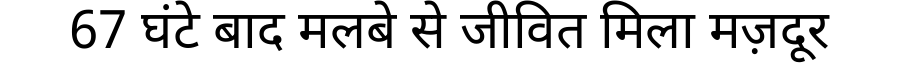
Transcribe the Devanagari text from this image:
67 घंटे बाद मलबे से जीवित मिला मज़दूर